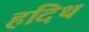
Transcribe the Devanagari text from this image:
हदिथ